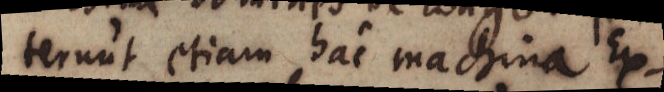
terunt etiam hac machina Ex-